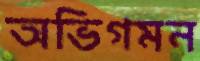
অভিগমন